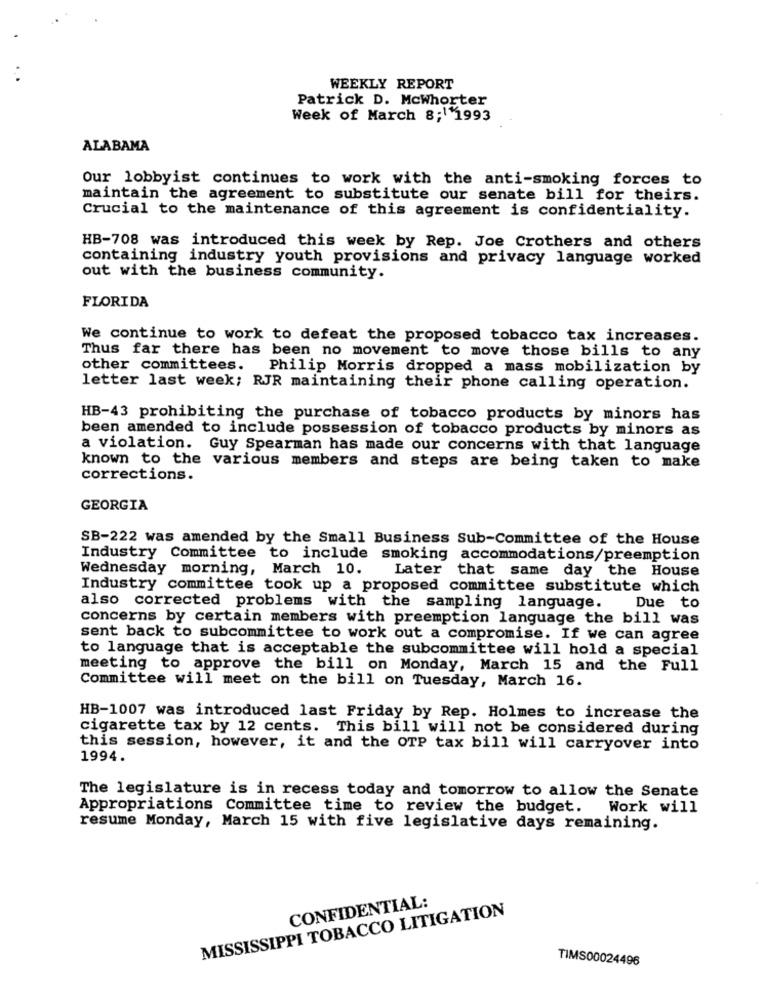
WEEKLY REPORT
Patrick D. Mcwhorter
Week of March 8;1 1993
ALABAMA
Our lobbyist continues to work with the anti-smoking forces to
maintain the agreement to substitute our senate bill for theirs.
Crucial to the maintenance of this agreement is confidentiality.
HB-708 was introduced this week by Rep. Joe Crothers and others
containing industry youth provisions and privacy language worked
out with the business community.
FLORIDA
We continue to work to defeat the proposed tobacco tax increases.
Thus far there has been no movement to move those bills to any
other committees.
Philip Morris dropped a mass mobilization by
letter last week; RJR maintaining their phone calling operation.
HB-43 prohibiting the purchase of tobacco products by minors has
been amended to include possession of tobacco products by minors as
a violation. Guy Spearman has made our concerns with that language
known to the various members and steps are being taken to make
corrections.
GEORGIA
SB-222 was amended by the Small Business Sub-Committee of the House
Industry Committee to include smoking accommodations/preemption
Wednesday morning, March 10.
Later that same day the House
Industry committee took up a proposed committee substitute which
also corrected problems with the sampling language.
Due to
concerns by certain members with preemption language the bill was
sent back to subcommittee to work out a compromise. If we can agree
to language that is acceptable the subcommittee will hold a special
meeting to approve the bill on Monday, March 15 and the Full
Committee will meet on the bill on Tuesday, March 16.
HB-1007 was introduced last Friday by Rep. Holmes to increase the
cigarette tax by 12 cents. This bill will not be considered during
this session, however, it and the OTP tax bill will carryover into
1994.
The legislature is in recess today and tomorrow to allow the Senate
Appropriations Committee time to review the budget. Work will
resume Monday, March 15 with five legislative days remaining.
MISSISSIPPI TOBACCO LITIGATION
CONFIDENTIAL:
TIMS00024496